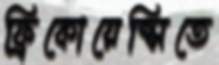
ফ্রিকোয়েন্সিতে